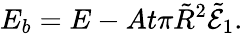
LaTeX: E_{b}=E-At\pi\tilde{R}^{2}\tilde{\mathcal{E}}_{1}.